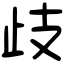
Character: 歧